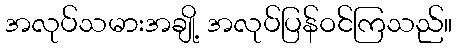
အလုပ်သမားအချို့ အလုပ်ပြန်ဝင်ကြသည်။